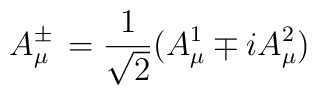
A^{\pm}_{\mu}\,  =  \frac{1}{\sqrt{2}}(A_{\mu}^{1}\mp i A_{\mu}^{2})